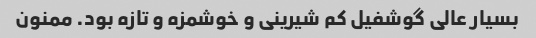
بسیار عالی گوشفیل کم شیرینی و خوشمزه و تازه بود. ممنون